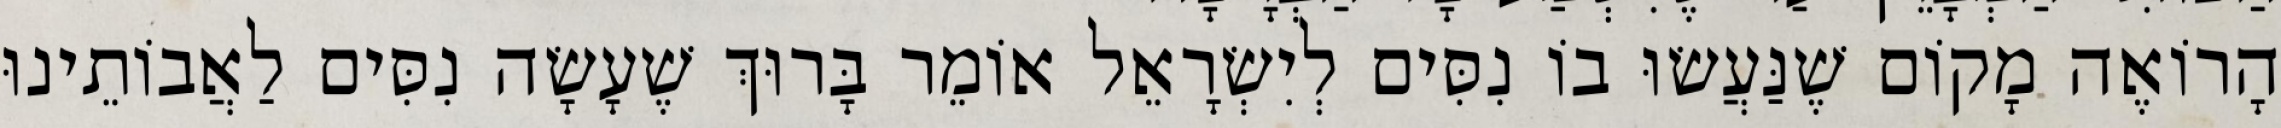
הָרוֹאֶה מָקוֹם שֶׁנַּעֲשׂוּ בוֹ נִסִּים לְיִשְׂרָאֵל אוֹמֵר בָּרוּךְ שֶׁעָשָׂה נִסִּים לַאֲבוֹתֵינוּ